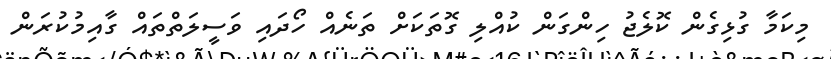
މިކަމާ ގުޅިގެން ކޮލެޖު ހިންގަން ކުއްލި ގޮތަކަށް ތަނެއް ހޯދައި ވަސީލަތްތައް ގާއިމުކުރަން